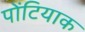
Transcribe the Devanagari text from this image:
पोंटियाक